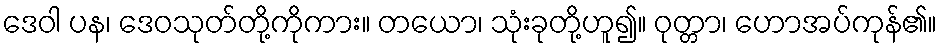
ဒေဝါ ပန၊ ဒေဝသုတ်တို့ကိုကား။ တယော၊ သုံးခုတို့ဟူ၍။ ဝုတ္တာ၊ ဟောအပ်ကုန်၏။